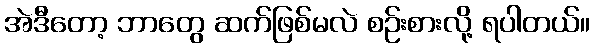
အဲဒီတော့ ဘာတွေ ဆက်ဖြစ်မလဲ စဉ်းစားလို့ ရပါတယ်။